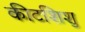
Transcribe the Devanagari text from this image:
कीटशिशु